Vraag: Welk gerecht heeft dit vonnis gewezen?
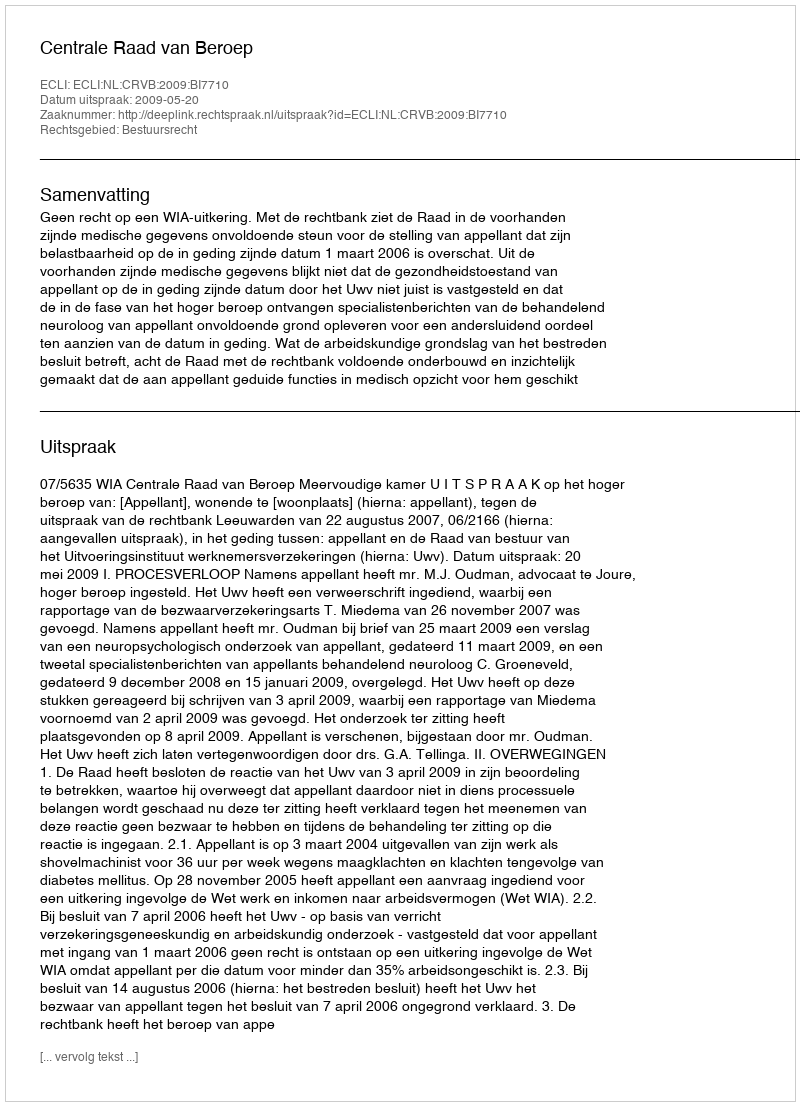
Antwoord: Centrale Raad van Beroep